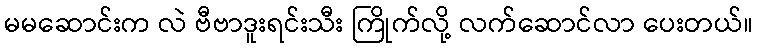
မမဆောင်းက လဲ ဗီဗာဒူးရင်းသီး ကြိုက်လို့ လက်ဆောင်လာ ပေးတယ်။